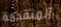
المتقدمة